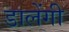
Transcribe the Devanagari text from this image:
डालेंगी